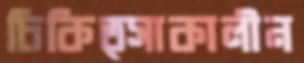
চিকিত্সাকালীন